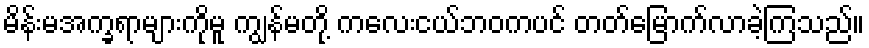
မိန်းမအက္ခရာများကိုမူ ကျွန်မတို့ ကလေးငယ်ဘဝကပင် တတ်မြောက်လာခဲ့ကြသည်။